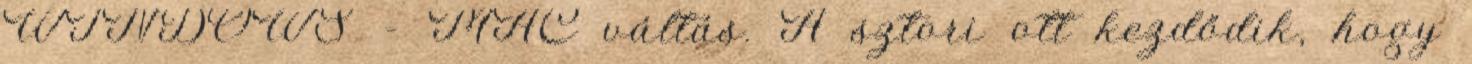
WINDOWS – MAC váltás. A sztori ott kezdődik, hogy